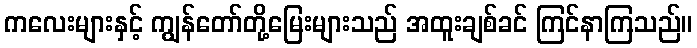
ကလေးများနှင့် ကျွန်တော်တို့မြေးများသည် အထူးချစ်ခင် ကြင်နာကြသည်။